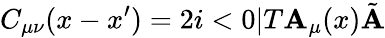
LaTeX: C_{\mu\nu}(x-x^{\prime})=2i<0|T{\cal\mathbf{A}}_{\mu}(x)\tilde{{{\cal\mathbf{A}}}}